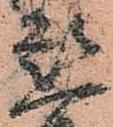
懇